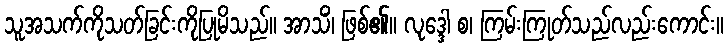
သူအသက်ကိုသတ်ခြင်းကိုပြုမိသည်။ အာသိံ၊ ဖြစ်၏။ လုဒ္ဒေါ စ၊ ကြမ်းကြုတ်သည်လည်းကောင်း။